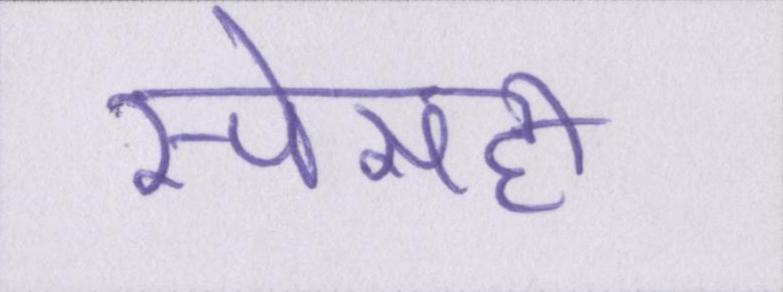
स्पेसही